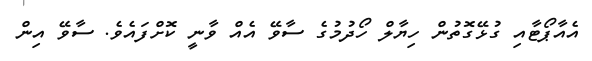
އެއާޕޯޓާއި ގުޅޭގޮތުން ހިޔާލް ހޯދުމުގެ ސާވޭ އެއް ވާނީ ކޮށްފައެވެ. ސާވޭ އިން